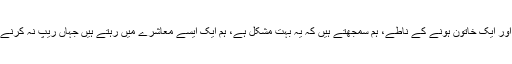
خواتین کا کہنا تھا کہ ہم دہشت گردی میں رہ رہے ہیں اور ایک خاتون ہونے کے ناطے، ہم سمجھتے ہیں کہ یہ بہت مشکل ہے، ہم ایک ایسے معاشرے میں رہتے ہیں جہاں ریپ نہ کرنے کے بجائے یہ کہا جاتا ہے کہ ریپ کا شکار مت ہونا۔